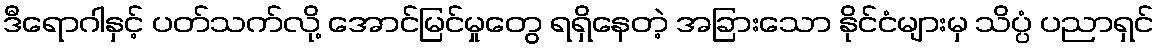
ဒီရောဂါနှင့် ပတ်သက်လို့ အောင်မြင်မှုတွေ ရရှိနေတဲ့ အခြားသော နိုင်ငံများမှ သိပ္ပံ ပညာရှင်